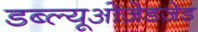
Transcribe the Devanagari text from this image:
डब्ल्यूओज़ेडज़ेड